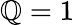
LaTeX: \mathbb{Q}=1